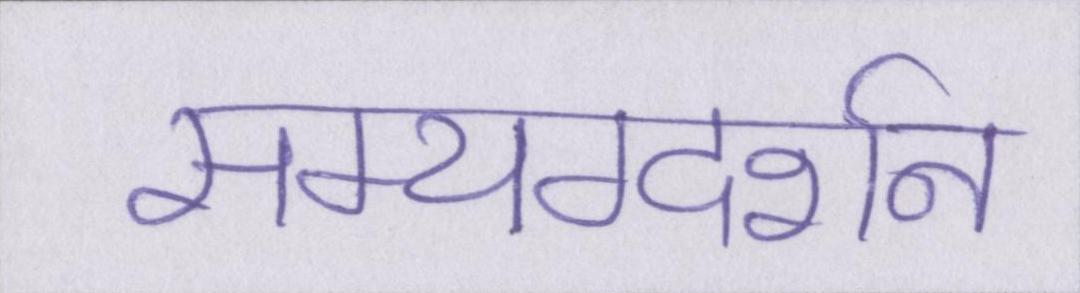
सम्यग्दर्शन